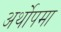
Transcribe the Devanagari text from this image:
अर्थोपमा